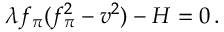
\lambda f _ { \pi } ( f _ { \pi } ^ { 2 } - v ^ { 2 } ) - H = 0 \, .